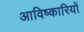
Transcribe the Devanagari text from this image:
आविष्कारियों